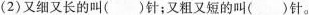
(2)又细又长的叫()针；又粗又短的叫()针。